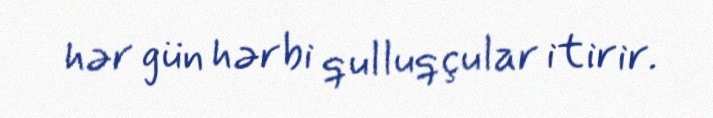
hər gün hərbi qulluqçular itirir.